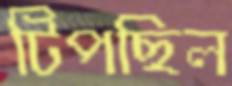
টিপছিল